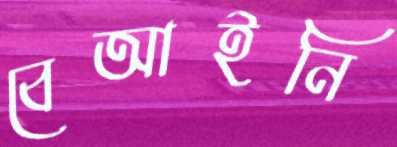
বেআইনি